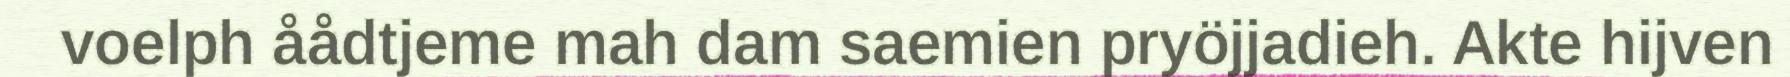
voelph åådtjeme mah dam saemien pryöjjadieh. Akte hijven